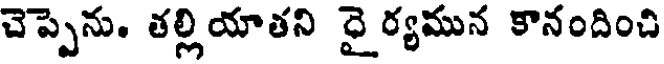
చెప్పెను. తల్లియాతని దై ర్యమున కానందించి